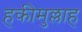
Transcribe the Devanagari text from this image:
हकीमुल्लाह